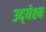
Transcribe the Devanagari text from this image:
उद्‍येश्य